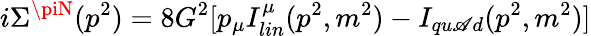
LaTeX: i\Sigma^{\piN}(p^{2})=8G^{2}[p_{\mu}I_{lin}^{\mu}(p^{2},m^{2})-I_{qu\mathscr{A}d}(p^{2},m^{2})]